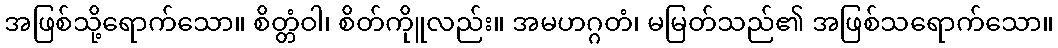
အဖြစ်သို့ရောက်သော။ စိတ္တံဝါ၊ စိတ်ကိုူလည်း။ အမဟဂ္ဂတံ၊ မမြတ်သည်၏ အဖြစ်သရောက်သော။